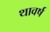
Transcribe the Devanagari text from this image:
थावर्ष